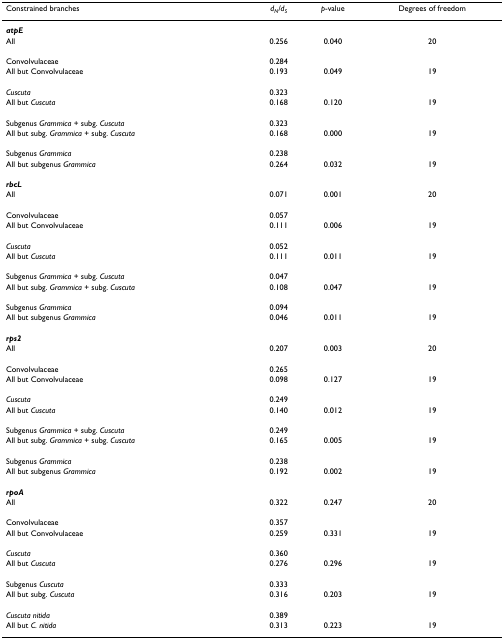
<table><thead><tr><td><b>Constrained branches</b></td><td><b><i>d</i><sub><i>N</i></sub><i>/d</i><sub><i>S</i></sub></b></td><td><b><i>p</i>-value</b></td><td><b>Degrees of freedom</b></td></tr></thead><tbody><tr><td><b><i>atpE</i></b></td><td></td><td></td><td></td></tr><tr><td>All</td><td>0.256</td><td>0.040</td><td>20</td></tr><tr><td>Convolvulaceae</td><td>0.284</td><td></td><td></td></tr><tr><td>All but Convolvulaceae</td><td>0.193</td><td>0.049</td><td>19</td></tr><tr><td><i>Cuscuta</i></td><td>0.323</td><td></td><td></td></tr><tr><td>All but <i>Cuscuta</i></td><td>0.168</td><td>0.120</td><td>19</td></tr><tr><td>Subgenus <i>Grammica </i>+ subg. <i>Cuscuta</i></td><td>0.323</td><td></td><td></td></tr><tr><td>All but subg. <i>Grammica </i>+ subg. <i>Cuscuta</i></td><td>0.168</td><td>0.000</td><td>19</td></tr><tr><td>Subgenus <i>Grammica</i></td><td>0.238</td><td></td><td></td></tr><tr><td>All but subgenus <i>Grammica</i></td><td>0.264</td><td>0.032</td><td>19</td></tr><tr><td><b><i>rbcL</i></b></td><td></td><td></td><td></td></tr><tr><td>All</td><td>0.071</td><td>0.001</td><td>20</td></tr><tr><td>Convolvulaceae</td><td>0.057</td><td></td><td></td></tr><tr><td>All but Convolvulaceae</td><td>0.111</td><td>0.006</td><td>19</td></tr><tr><td><i>Cuscuta</i></td><td>0.052</td><td></td><td></td></tr><tr><td>All but <i>Cuscuta</i></td><td>0.111</td><td>0.011</td><td>19</td></tr><tr><td>Subgenus <i>Grammica </i>+ subg. <i>Cuscuta</i></td><td>0.047</td><td></td><td></td></tr><tr><td>All but subg. <i>Grammica </i>+ subg. <i>Cuscuta</i></td><td>0.108</td><td>0.047</td><td>19</td></tr><tr><td>Subgenus <i>Grammica</i></td><td>0.094</td><td></td><td></td></tr><tr><td>All but subgenus <i>Grammica</i></td><td>0.046</td><td>0.011</td><td>19</td></tr><tr><td><b><i>rps2</i></b></td><td></td><td></td><td></td></tr><tr><td>All</td><td>0.207</td><td>0.003</td><td>20</td></tr><tr><td>Convolvulaceae</td><td>0.265</td><td></td><td></td></tr><tr><td>All but Convolvulaceae</td><td>0.098</td><td>0.127</td><td>19</td></tr><tr><td><i>Cuscuta</i></td><td>0.249</td><td></td><td></td></tr><tr><td>All but <i>Cuscuta</i></td><td>0.140</td><td>0.012</td><td>19</td></tr><tr><td>Subgenus <i>Grammica </i>+ subg. <i>Cuscuta</i></td><td>0.249</td><td></td><td></td></tr><tr><td>All but subg. <i>Grammica </i>+ subg. <i>Cuscuta</i></td><td>0.165</td><td>0.005</td><td>19</td></tr><tr><td>Subgenus <i>Grammica</i></td><td>0.238</td><td></td><td></td></tr><tr><td>All but subgenus <i>Grammica</i></td><td>0.192</td><td>0.002</td><td>19</td></tr><tr><td><b><i>rpoA</i></b></td><td></td><td></td><td></td></tr><tr><td>All</td><td>0.322</td><td>0.247</td><td>20</td></tr><tr><td>Convolvulaceae</td><td>0.357</td><td></td><td></td></tr><tr><td>All but Convolvulaceae</td><td>0.259</td><td>0.331</td><td>19</td></tr><tr><td><i>Cuscuta</i></td><td>0.360</td><td></td><td></td></tr><tr><td>All but <i>Cuscuta</i></td><td>0.276</td><td>0.296</td><td>19</td></tr><tr><td>Subgenus <i>Cuscuta</i></td><td>0.333</td><td></td><td></td></tr><tr><td>All but subg. <i>Cuscuta</i></td><td>0.316</td><td>0.203</td><td>19</td></tr><tr><td><i>Cuscuta nitida</i></td><td>0.389</td><td></td><td></td></tr><tr><td>All but <i>C. nitida</i></td><td>0.313</td><td>0.223</td><td>19</td></tr></tbody></table>